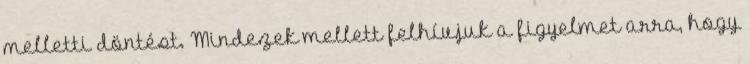
melletti döntést. Mindezek mellett felhívjuk a figyelmet arra, hogy